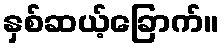
နှစ်ဆယ့်ခြောက်။